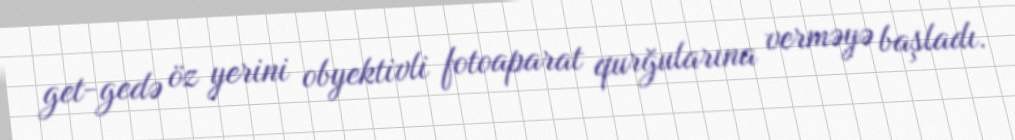
get-gedə öz yerini obyektivli fotoaparat qurğularına verməyə başladı.